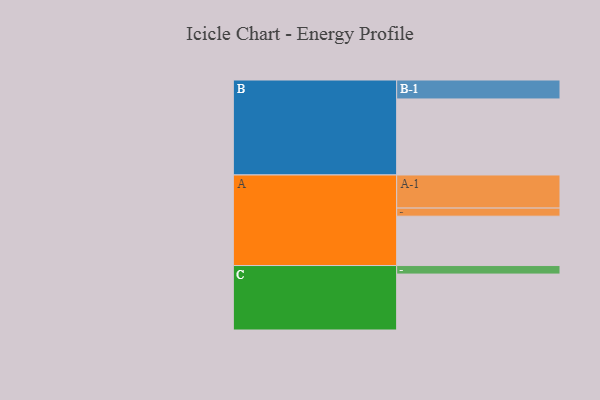
{"axis": {"x": "Segment", "y": "Value"}, "legend": ["", "A", "B", "C"], "data": [{"x": "A", "y": 359, "type": ""}, {"x": "B", "y": 553, "type": ""}, {"x": "C", "y": 407, "type": ""}, {"x": "A-1", "y": 241, "type": "A"}, {"x": "A-2", "y": 59, "type": "A"}, {"x": "B-1", "y": 138, "type": "B"}, {"x": "C-1", "y": 62, "type": "C"}]}